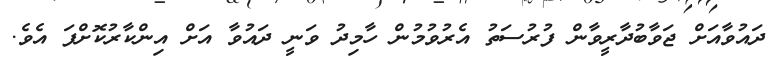
ދައުވާއަށް ޖަވާބުދާރީވާން ފުރުސަތު އެރުވުމުން ހާމިދު ވަނީ ދައުވާ އަށް އިންކާރުކޮށްފަ އެވެ.